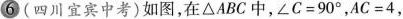
6(四川宜宾中考)如图，在△ABC中，$$∠ C = 9 0 °$$，$$A C = 4$$，